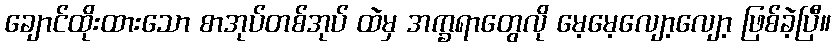
ချောင်ထိုးထားသော စာအုပ်တစ်အုပ် ထဲမှ အက္ခရာတွေလို မေ့မေ့လျော့လျော့ ဖြစ်ခဲ့ပြီ။